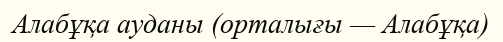
Алабұқа ауданы (орталығы — Алабұқа)